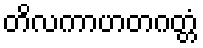
တိလကာဟတဂတ္တံ